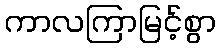
ကာလကြာမြင့်စွာ